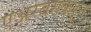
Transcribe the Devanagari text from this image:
एअरबसकडून